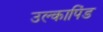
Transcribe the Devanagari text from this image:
उल्‍कापिंड